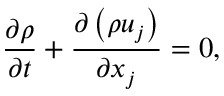
\frac { \partial \rho } { \partial t } + \frac { \partial \left( \rho u _ { j } \right) } { \partial x _ { j } } = 0 ,